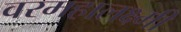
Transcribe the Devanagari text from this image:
वरमहालक्ष्मी